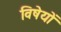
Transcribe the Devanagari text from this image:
विषेयों